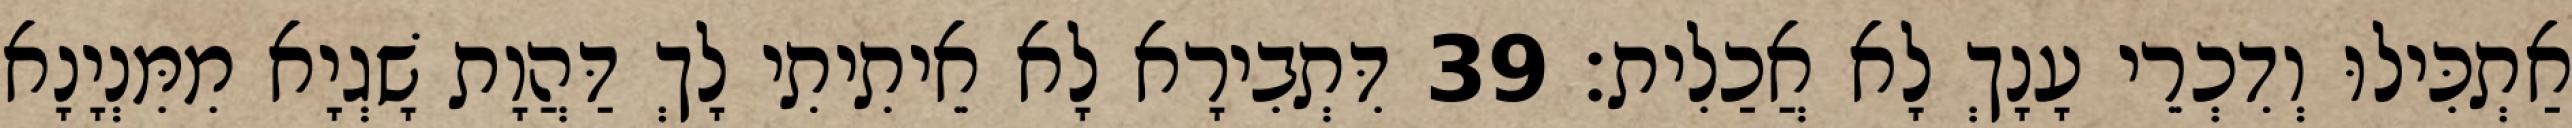
אַתְכִּילוּ וְדִכְרֵי עָנָךְ לָא אֲכַלִית׃ 39 דִּתְבִירָא לָא אֵיתִיתִי לָךְ דַּהֲוָת שָׁגְיָא מִמִּנְיָנָא